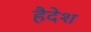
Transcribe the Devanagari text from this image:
हैदेश